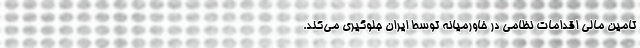
تامین مالی اقدامات نظامی در خاورمیانه توسط ایران جلوگیری می‌کند.